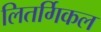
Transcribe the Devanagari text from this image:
लितर्गिकल